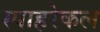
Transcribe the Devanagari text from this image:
स्पाहरेकल